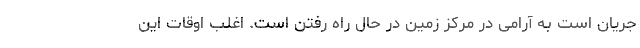
جریان است به آرامی در مرکز زمین در حال راه رفتن است. اغلب اوقات این